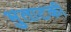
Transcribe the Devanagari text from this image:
भुताटकी